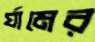
র‍্যামের